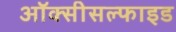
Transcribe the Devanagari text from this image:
ऑक्सीसल्फाइड